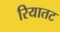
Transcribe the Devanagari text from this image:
रियातट